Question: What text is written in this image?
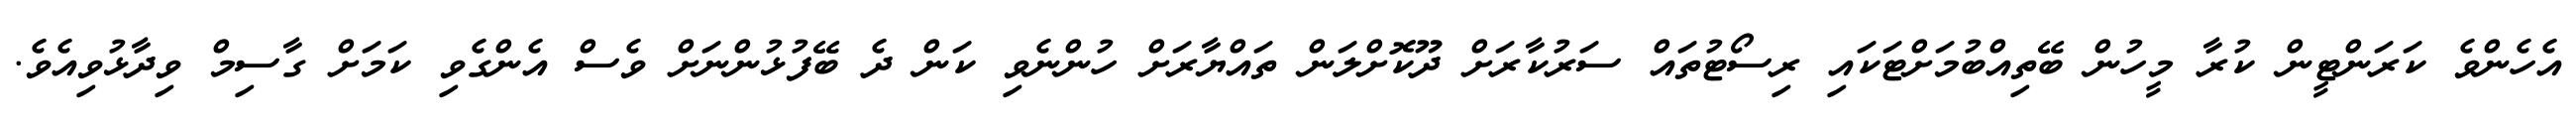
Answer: އެހެންވެ ކަރަންޓީން ކުރާ މީހުން ބޭތިއްބުމަށްޓަކައި ރިސޯޓުތައް ސަރުކާރަށް ދޫކޮށްލަން ތައްޔާރަށް ހުންނެވި ކަން ދެ ބޭފުޅުންނަށް ވެސް އެންގެވި ކަމަށް ގާސިމް ވިދާޅުވިއެވެ.